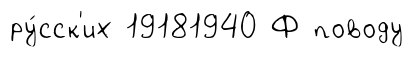
ру́сск'их 19181940 Ф поводу